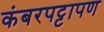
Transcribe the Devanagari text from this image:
कंबरपट्टापण